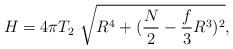
LaTeX: \begin{align*}H=4\pi T_2 \ \sqrt{R^4+(\frac{N}{2}-\frac{f}{3}R^3)^2},\end{align*}